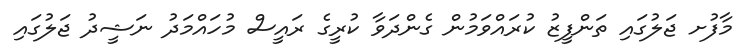
މާފުށ ޖަލުގައި ތަންފީޒު ކުރައްވަމުން ގެންދަވާ ކުރީގެ ރައީސް މުހައްމަދު ނަޝީދު ޖަލުގައި